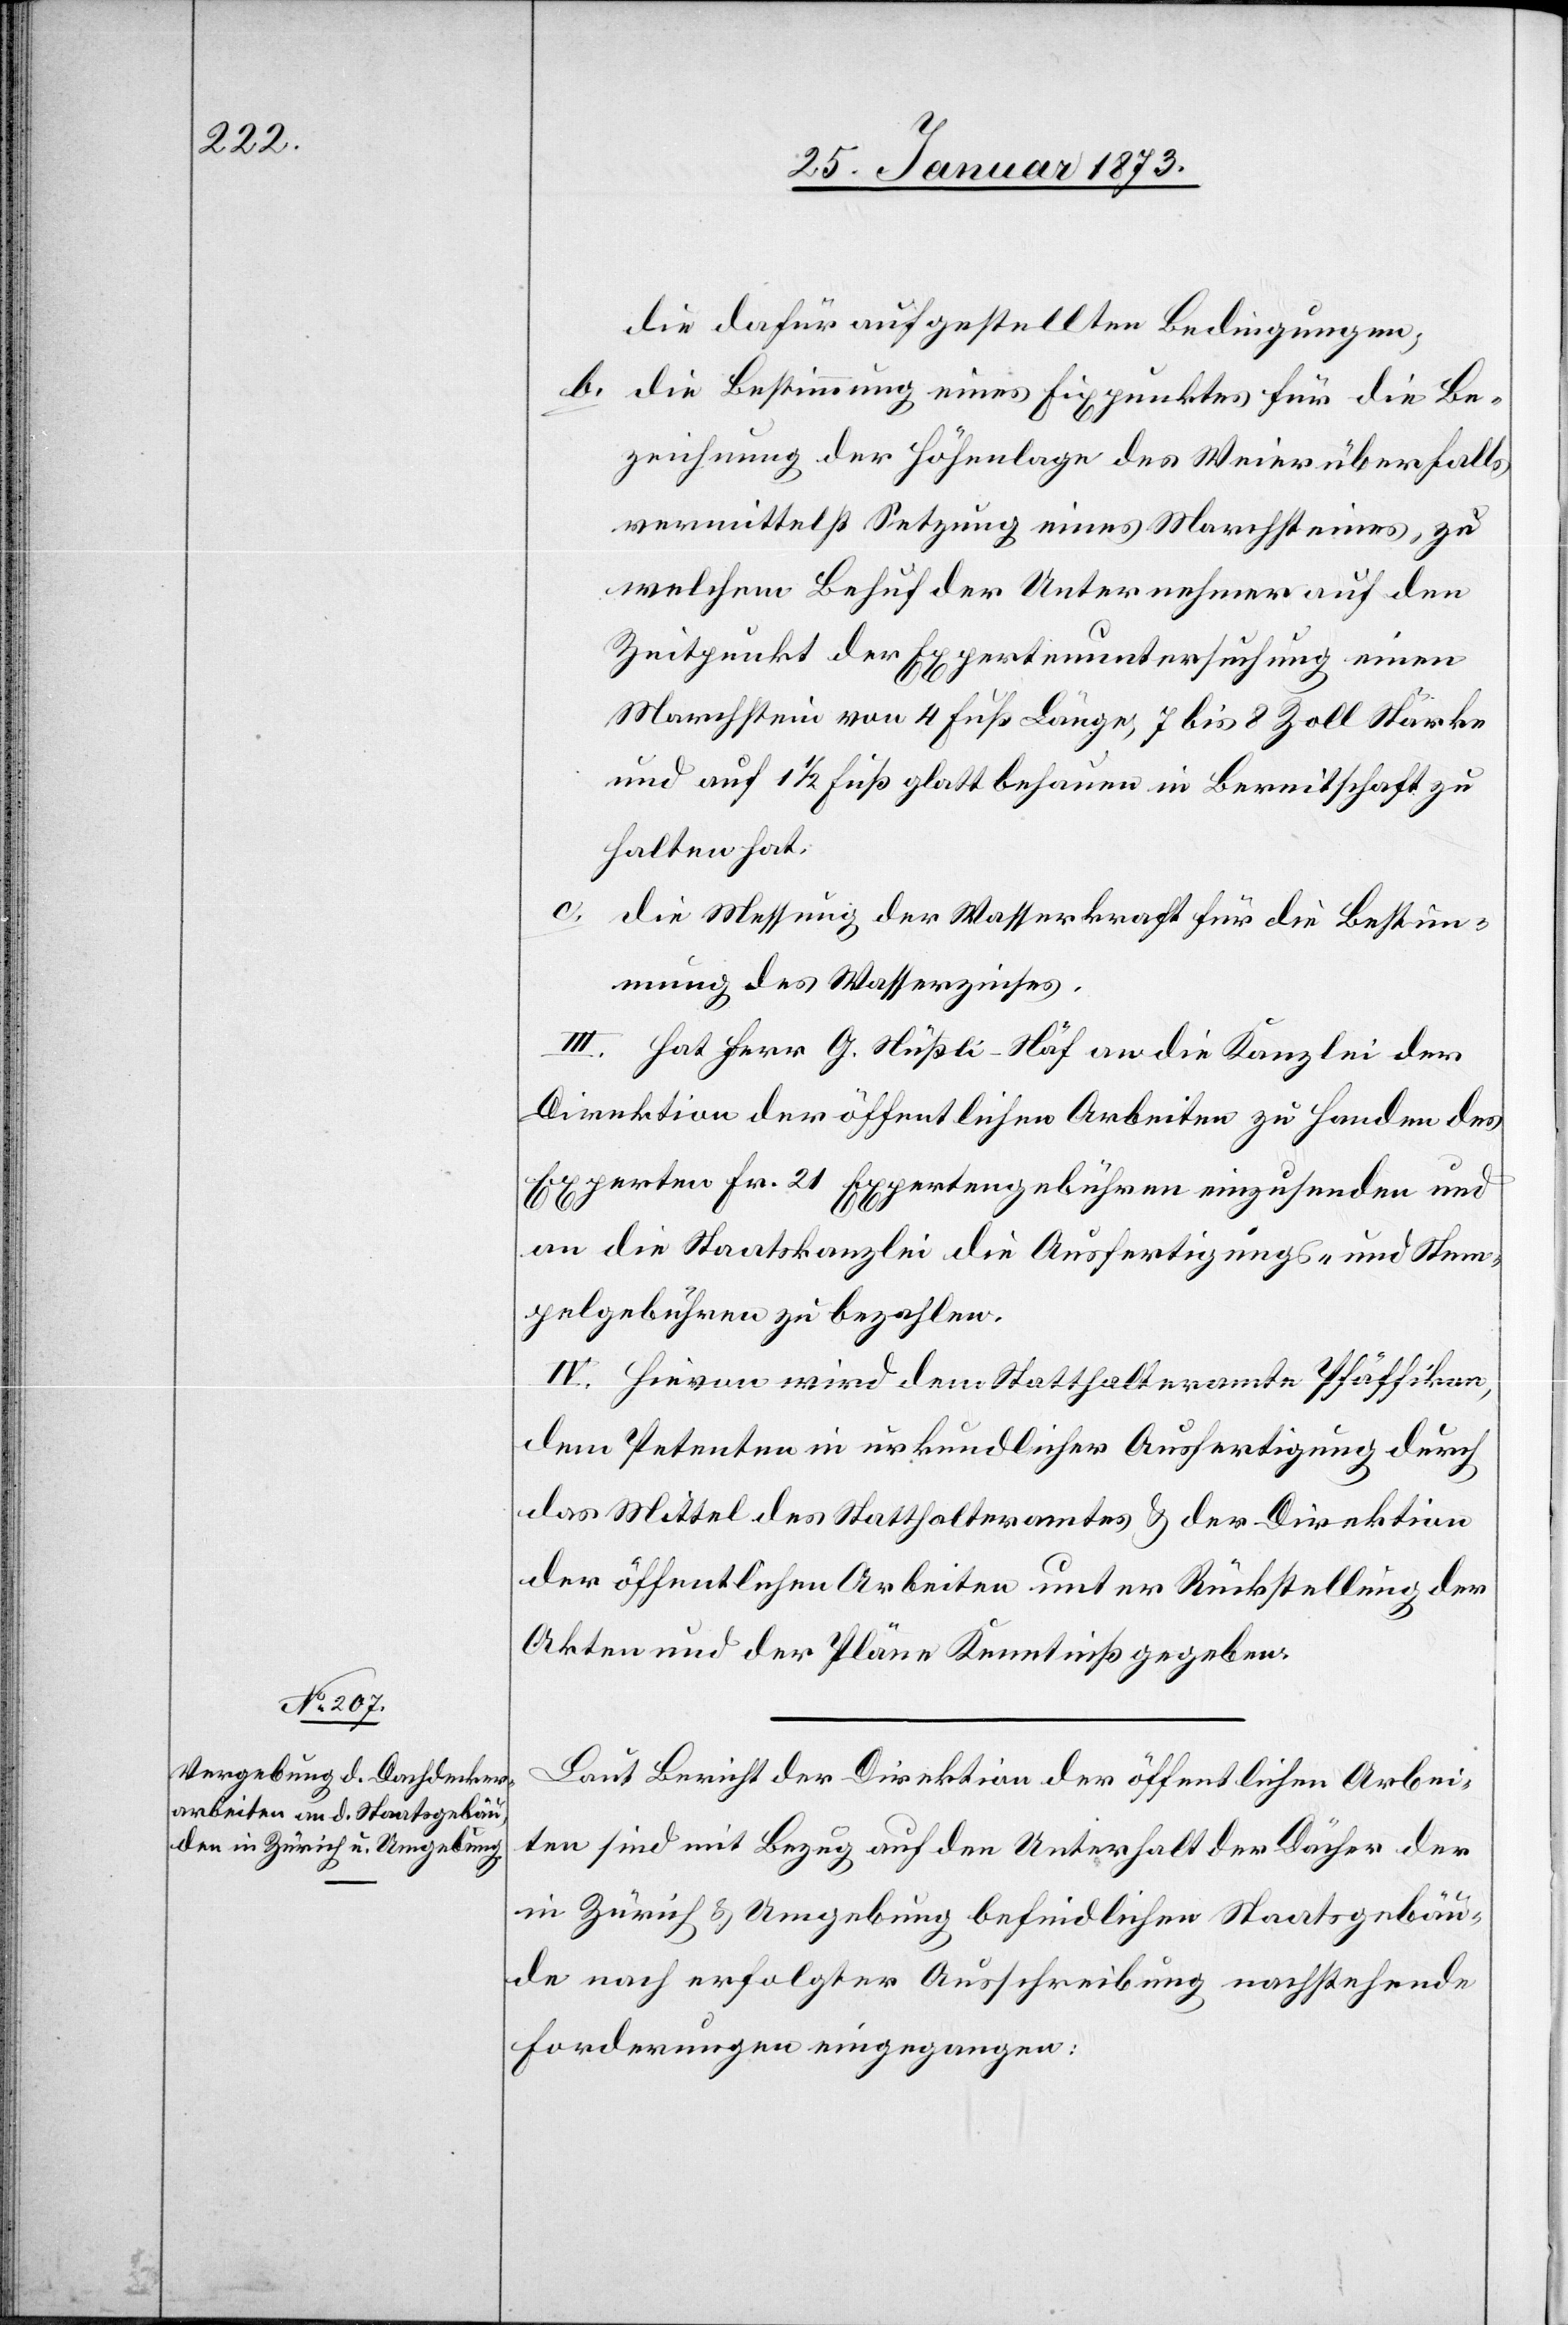
die dafür aufgestellten Bedingungen,
b. die Bestimmung eines Fixpunktes für die Be¬
zeichnung der Höhenlage des Weier überhalb
vermittelst Setzung eines Marchsteines, zu
welchem Behuf der Unternehmer auf den
Zeitpunkt der Expertenuntersuchung einen
Marchstein von 4 Fuß Länge, 7 bis 8 Zoll Stärke
und auf 1 1/2 Fuß glatt behauen in Bereitschaft zu
halten hat.
c. die Messung der Wasserkraft für die Bestim¬
mung des Wasserzinses.
III. hat Herr G. Stüßli-Näf an die Kanzlei der
Direktion der öffentlichen Arbeiten zu Handen des
Experten Fr. 21 Expertengebühren einzusenden und
an die Staatskanzlei die Ausfertigungs- und Stem¬
pelgebühren zu bezahlen.
IV. Hievon wird dem Statthalteramte Pfäffikon,
dem Petenten in urkundlicher Ausfertigung durch
das Mittel des Statthalteramtes u. der Direktion
der öffentlichen Arbeiten unter Rückstellung der
Akten und der Pläne Kenntniß gegeben.
Laut Bericht der Direktion der öffentlichen Arbei¬
ten sind mit Bezug auf den Unterhalt der Dörfer der
in Zürich u. Umgebung befindlichen Staatsgebäu¬
de nach erfolgter Ausschreibung nachstehende
Forderungen eingegangen: